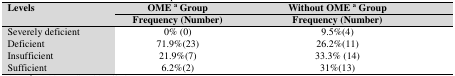
<table><thead><tr><td><b>Levels</b></td><td><b>OME a Group</b></td><td><b>Without OME a Group</b></td><td></td></tr><tr><td></td><td><b>Frequency (Number)</b></td><td><b>Frequency (Number)</b></td><td></td></tr></thead><tbody><tr><td>Severely deficient</td><td>0% (0)</td><td>9.5%(4)</td><td rowspan="4"></td></tr><tr><td>Deficient</td><td>71.9%(23)</td><td>26.2%(11)</td></tr><tr><td>Insufficient</td><td>21.9%(7)</td><td>33.3% (14)</td></tr><tr><td>Sufficient</td><td>6.2%(2)</td><td>31%(13)</td></tr></tbody></table>